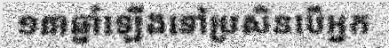
១៣ឆ្នាំឡើងទៅប្រសិនបើអ្នក